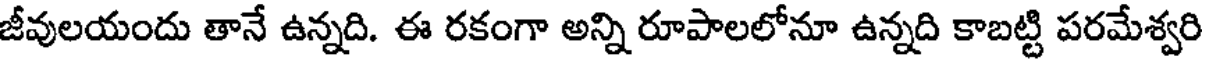
జీవులయందు తానే ఉన్నది. ఈ రకంగా అన్ని రూపాలలోనూ ఉన్నది కాబట్టి పరమేశ్వరి